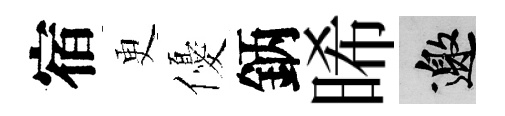
宿更優鈵晞邀